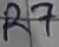
Text: R7